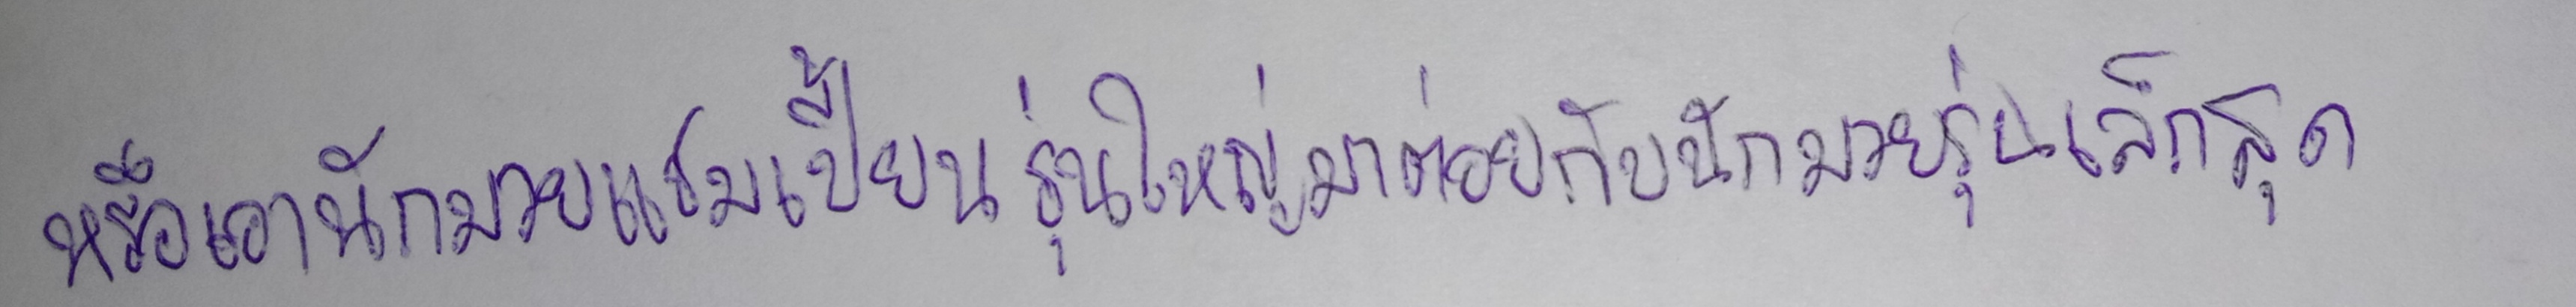
หรือเอานักมวยแชมเปี้ยนรุ่นใหญ่มาต่อยกับนักมวยรุ่นเล็กสุด